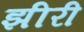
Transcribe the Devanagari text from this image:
झीरी